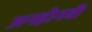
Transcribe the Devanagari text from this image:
अनहोनवी